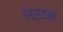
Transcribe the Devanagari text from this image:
शरवन